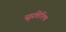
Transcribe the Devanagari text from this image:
सुप्रतिश्थि